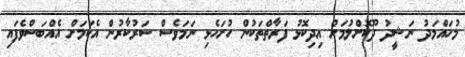
މުހައްމަދު ނަޝީދު ދޫކޮށްލުމަށް އިދިކޮޅު ފަރާތްތަކުން ހުށަހެޅި ނަމަވެސް ސަރުކާރުން އެކަމަށް އެއްބަސްވެފައި